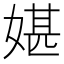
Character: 媅